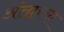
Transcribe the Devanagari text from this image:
अंताच्या